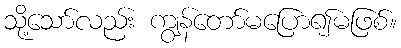
သို့သော်လည်း ကျွန်တော်မပြော၍မဖြစ်။